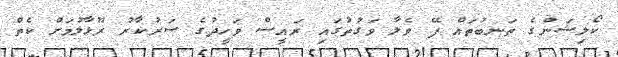
ކޯލިޝަންގެ ތަނބުތައް ފޭ ވެލާ ވަގުތުގައި ރައީސް ވަހީދުގެ ސަރުކާރު ރޫޅާލުމަށް ކެތް